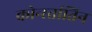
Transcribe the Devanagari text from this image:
कोन्स्तांतिन